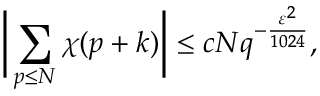
{ \biggl | } \sum _ { p \leq N } \chi ( p + k ) { \biggr | } \leq c N q ^ { - { \frac { \varepsilon ^ { 2 } } { 1 0 2 4 } } } ,